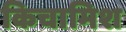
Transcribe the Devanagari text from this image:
किचामिश